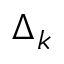
\Delta _ { k }